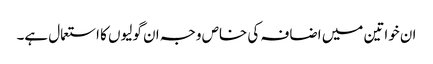
ان خواتین میں اضافہ کی خاص وجہ ان گولیوں کا استعمال ہے۔